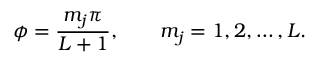
\phi = \frac { m _ { j } \pi } { L + 1 } , \qquad m _ { j } = 1 , 2 , \ldots , L .